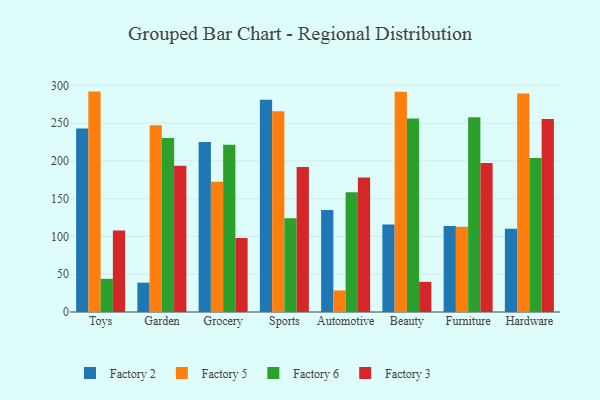
{"axis": {"x": "Category", "y": "Demand Index"}, "legend": ["Factory 2", "Factory 3", "Factory 5", "Factory 6"], "data": [{"x": "Toys", "y": 242.8, "type": "Factory 2"}, {"x": "Toys", "y": 291.7, "type": "Factory 5"}, {"x": "Toys", "y": 43.9, "type": "Factory 6"}, {"x": "Toys", "y": 107.9, "type": "Factory 3"}, {"x": "Garden", "y": 38.8, "type": "Factory 2"}, {"x": "Garden", "y": 247.1, "type": "Factory 5"}, {"x": "Garden", "y": 230.2, "type": "Factory 6"}, {"x": "Garden", "y": 193.7, "type": "Factory 3"}, {"x": "Grocery", "y": 224.9, "type": "Factory 2"}, {"x": "Grocery", "y": 172.3, "type": "Factory 5"}, {"x": "Grocery", "y": 221.3, "type": "Factory 6"}, {"x": "Grocery", "y": 97.8, "type": "Factory 3"}, {"x": "Sports", "y": 280.9, "type": "Factory 2"}, {"x": "Sports", "y": 265.6, "type": "Factory 5"}, {"x": "Sports", "y": 124.0, "type": "Factory 6"}, {"x": "Sports", "y": 191.9, "type": "Factory 3"}, {"x": "Automotive", "y": 134.9, "type": "Factory 2"}, {"x": "Automotive", "y": 28.6, "type": "Factory 5"}, {"x": "Automotive", "y": 158.4, "type": "Factory 6"}, {"x": "Automotive", "y": 178.1, "type": "Factory 3"}, {"x": "Beauty", "y": 115.9, "type": "Factory 2"}, {"x": "Beauty", "y": 291.6, "type": "Factory 5"}, {"x": "Beauty", "y": 256.1, "type": "Factory 6"}, {"x": "Beauty", "y": 39.9, "type": "Factory 3"}, {"x": "Furniture", "y": 113.8, "type": "Factory 2"}, {"x": "Furniture", "y": 112.8, "type": "Factory 5"}, {"x": "Furniture", "y": 257.7, "type": "Factory 6"}, {"x": "Furniture", "y": 197.1, "type": "Factory 3"}, {"x": "Hardware", "y": 110.3, "type": "Factory 2"}, {"x": "Hardware", "y": 289.1, "type": "Factory 5"}, {"x": "Hardware", "y": 203.7, "type": "Factory 6"}, {"x": "Hardware", "y": 255.5, "type": "Factory 3"}]}